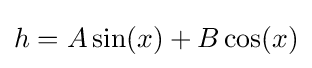
h=A\sin(x)+B\cos(x)